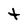
Character: t